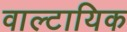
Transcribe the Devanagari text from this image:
वाल्टायिक